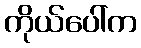
ကိုယ်ပေါ်က